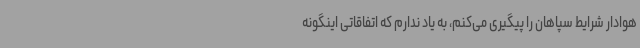
هوادار شرایط سپاهان را پیگیری می‌کنم، به یاد ندارم که اتفاقاتی اینگونه